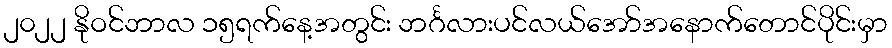
၂၀၂၂ နိုဝင်ဘာလ ၁၅ရက်နေ့အတွင်း ဘင်္ဂလားပင်လယ်အော်အနောက်တောင်ပိုင်းမှာ